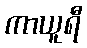
ကာယူရီ